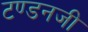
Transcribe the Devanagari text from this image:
टण्डनजी